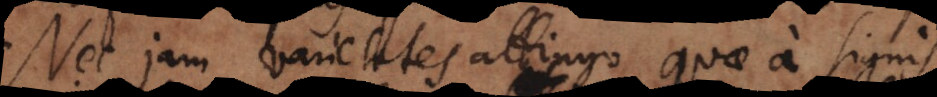
Nec jam varietates attingo quae a signis